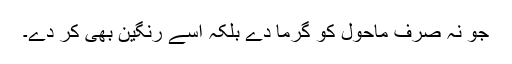
جو نہ صرف ماحول کو گرما دے بلکہ اسے رنگین بھی کر دے۔